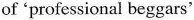
of 'professional beggars'